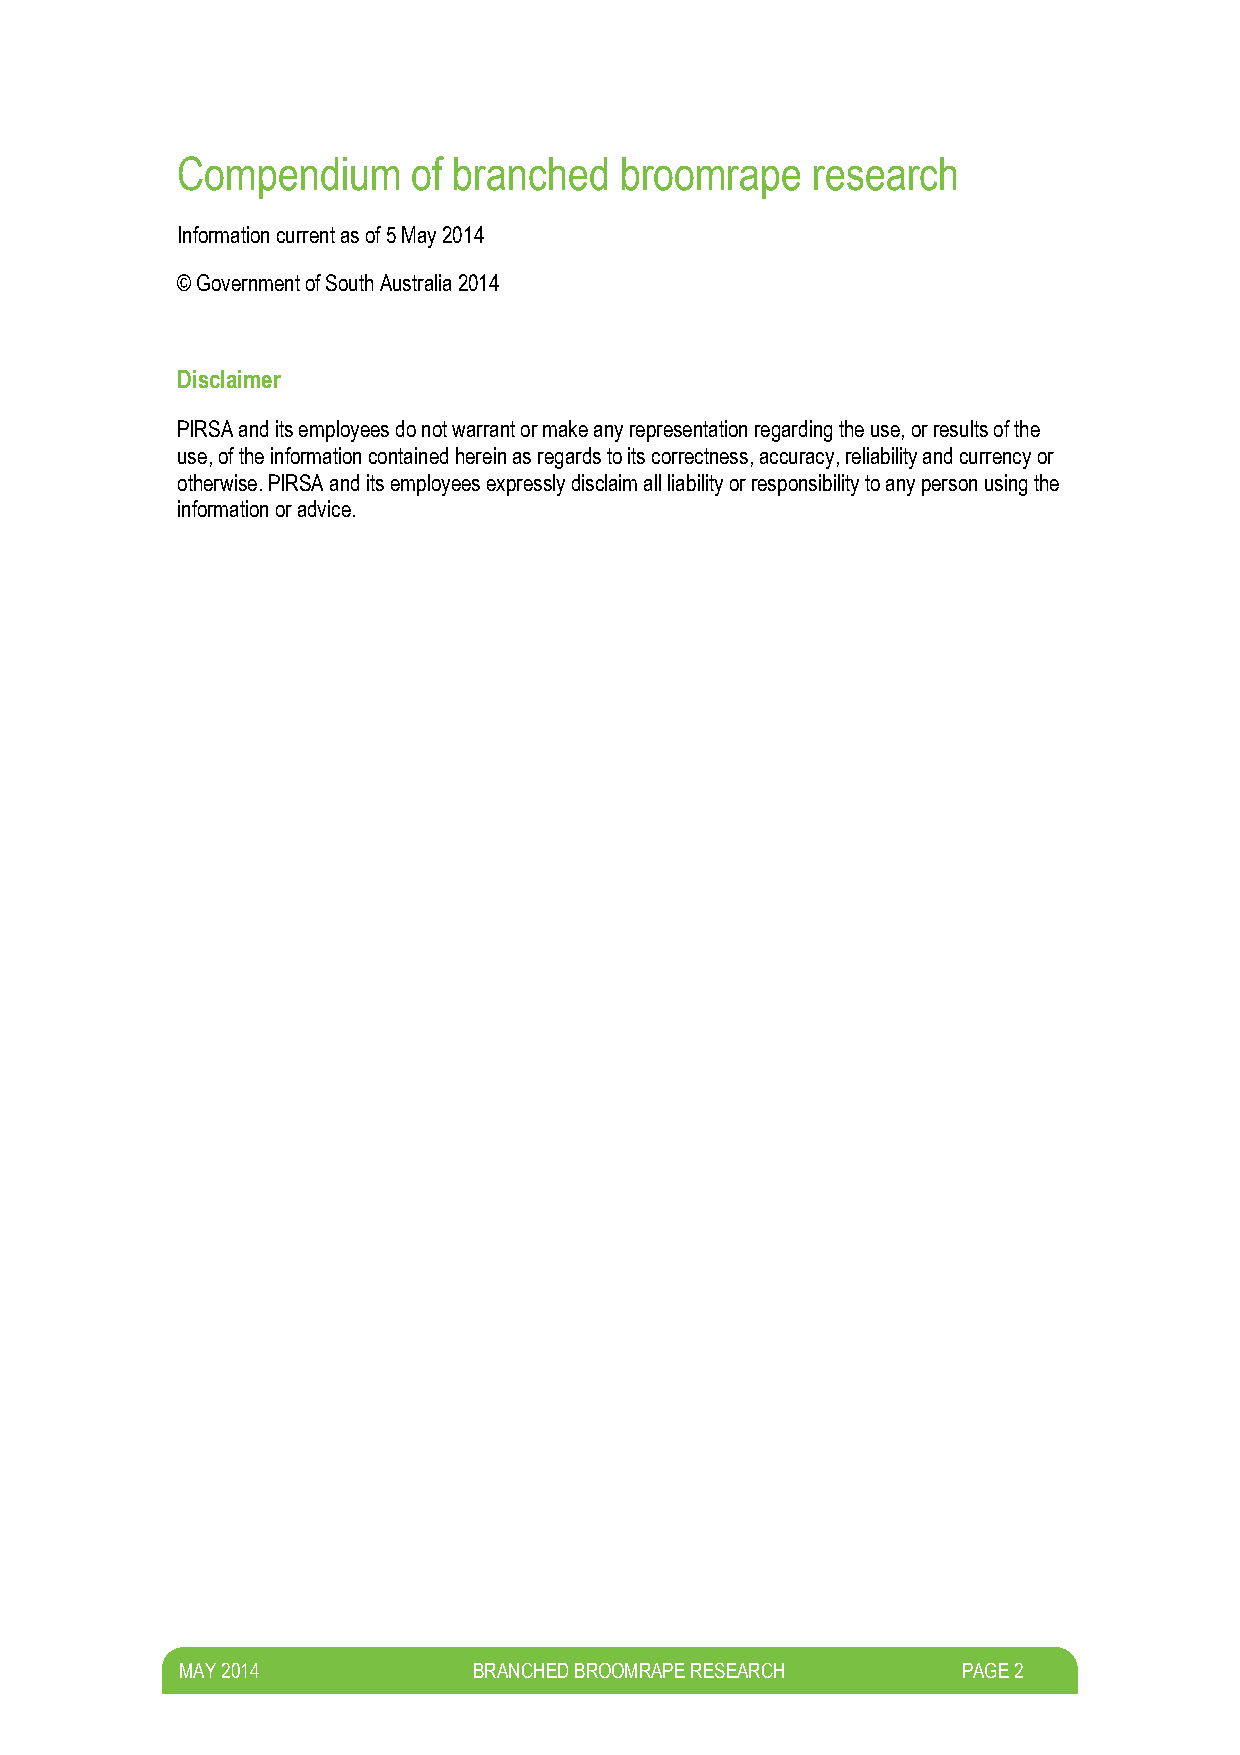
Compendium     of branched   broomrape    research
 Information current as of 5 May 2014
 © Government of South Australia 2014
 Disclaimer
 PIRSA and its employees do not warrant or make any representation regarding the use, or results of the
 use, of the information contained herein as regards to its correctness, accuracy, reliability and currency or
 otherwise. PIRSA and its employees expressly disclaim all liability or responsibility to any person using the
 information or advice.
 M AY 2014          BRANCHED BROOMRAPE RESEARCH      PAGE 2